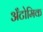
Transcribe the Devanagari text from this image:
अँटोमिक